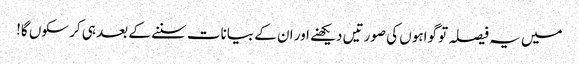
میں یہ فیصلہ تو گواہوں کی صورتیں دیکھنے اور ان کے بیانات سننے کے بعد ہی کر سکوں گا!